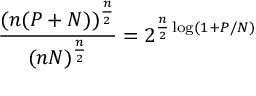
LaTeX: { \frac { ( n ( P + N ) ) ^ { \frac { n } { 2 } } } { ( n N ) ^ { \frac { n } { 2 } } } } = 2 ^ { { \frac { n } { 2 } } \log ( 1 + P / N ) } \,